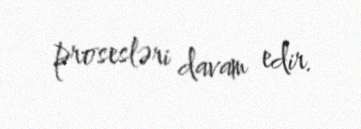
prosesləri davam edir.